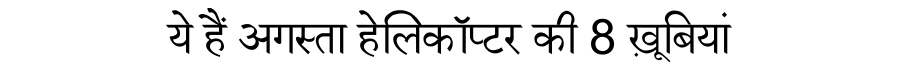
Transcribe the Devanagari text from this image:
ये हैं अगस्ता हेलिकॉप्टर की 8 ख़ूबियां